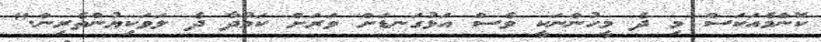
ކޮންމެއަކަސް މި ދެ މީހުންނަކީ ވެސް އަޅުގަނޑަށް ވަރަށް ކަމުދާ ދެ ލަވަކިޔުންތެރިން."